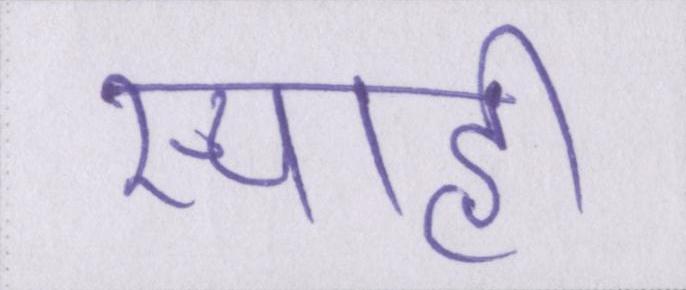
स्याही